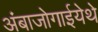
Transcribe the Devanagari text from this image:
अंबाजोगाईयेथे